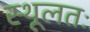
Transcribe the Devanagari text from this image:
स्थूलतः